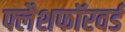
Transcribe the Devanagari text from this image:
फ्लैशफॉरवर्ड